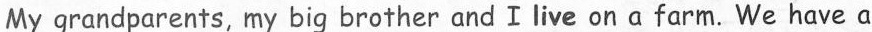
My grandparents,my big brother and I live ona farm.We have a